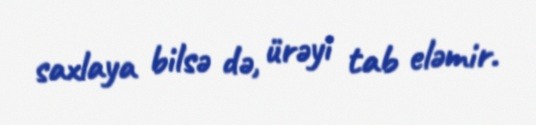
saxlaya bilsə də, ürəyi tab eləmir.